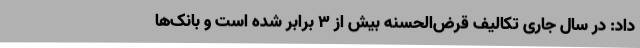
داد: در سال جاری تکالیف قرض‌الحسنه بیش از ۳ برابر شده است و بانک‌ها